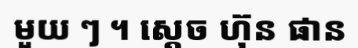
មួយ ៗ ។ ស្តេច ហ៊ុន ផាន